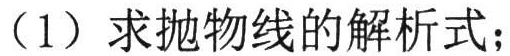
（1）求抛物线的解析式；